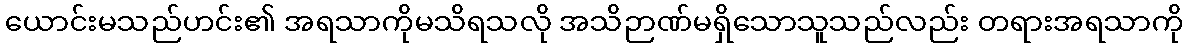
ယောင်းမသည်ဟင်း၏ အရသာကိုမသိရသလို အသိဉာဏ်မရှိသောသူသည်လည်း တရားအရသာကို